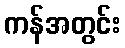
ကန်အတွင်း